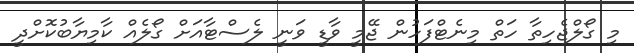
މި ގޯލްޖެހިތާ ހަތް މިނެޓްފަހުން ޖޭމީ ވާޑީ ވަނީ ލެސްޓާއަށް ގޯލެއް ކާމިޔާބުކޮށްދީ